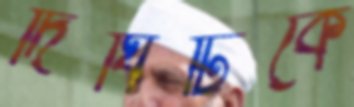
দিঘিটিকে